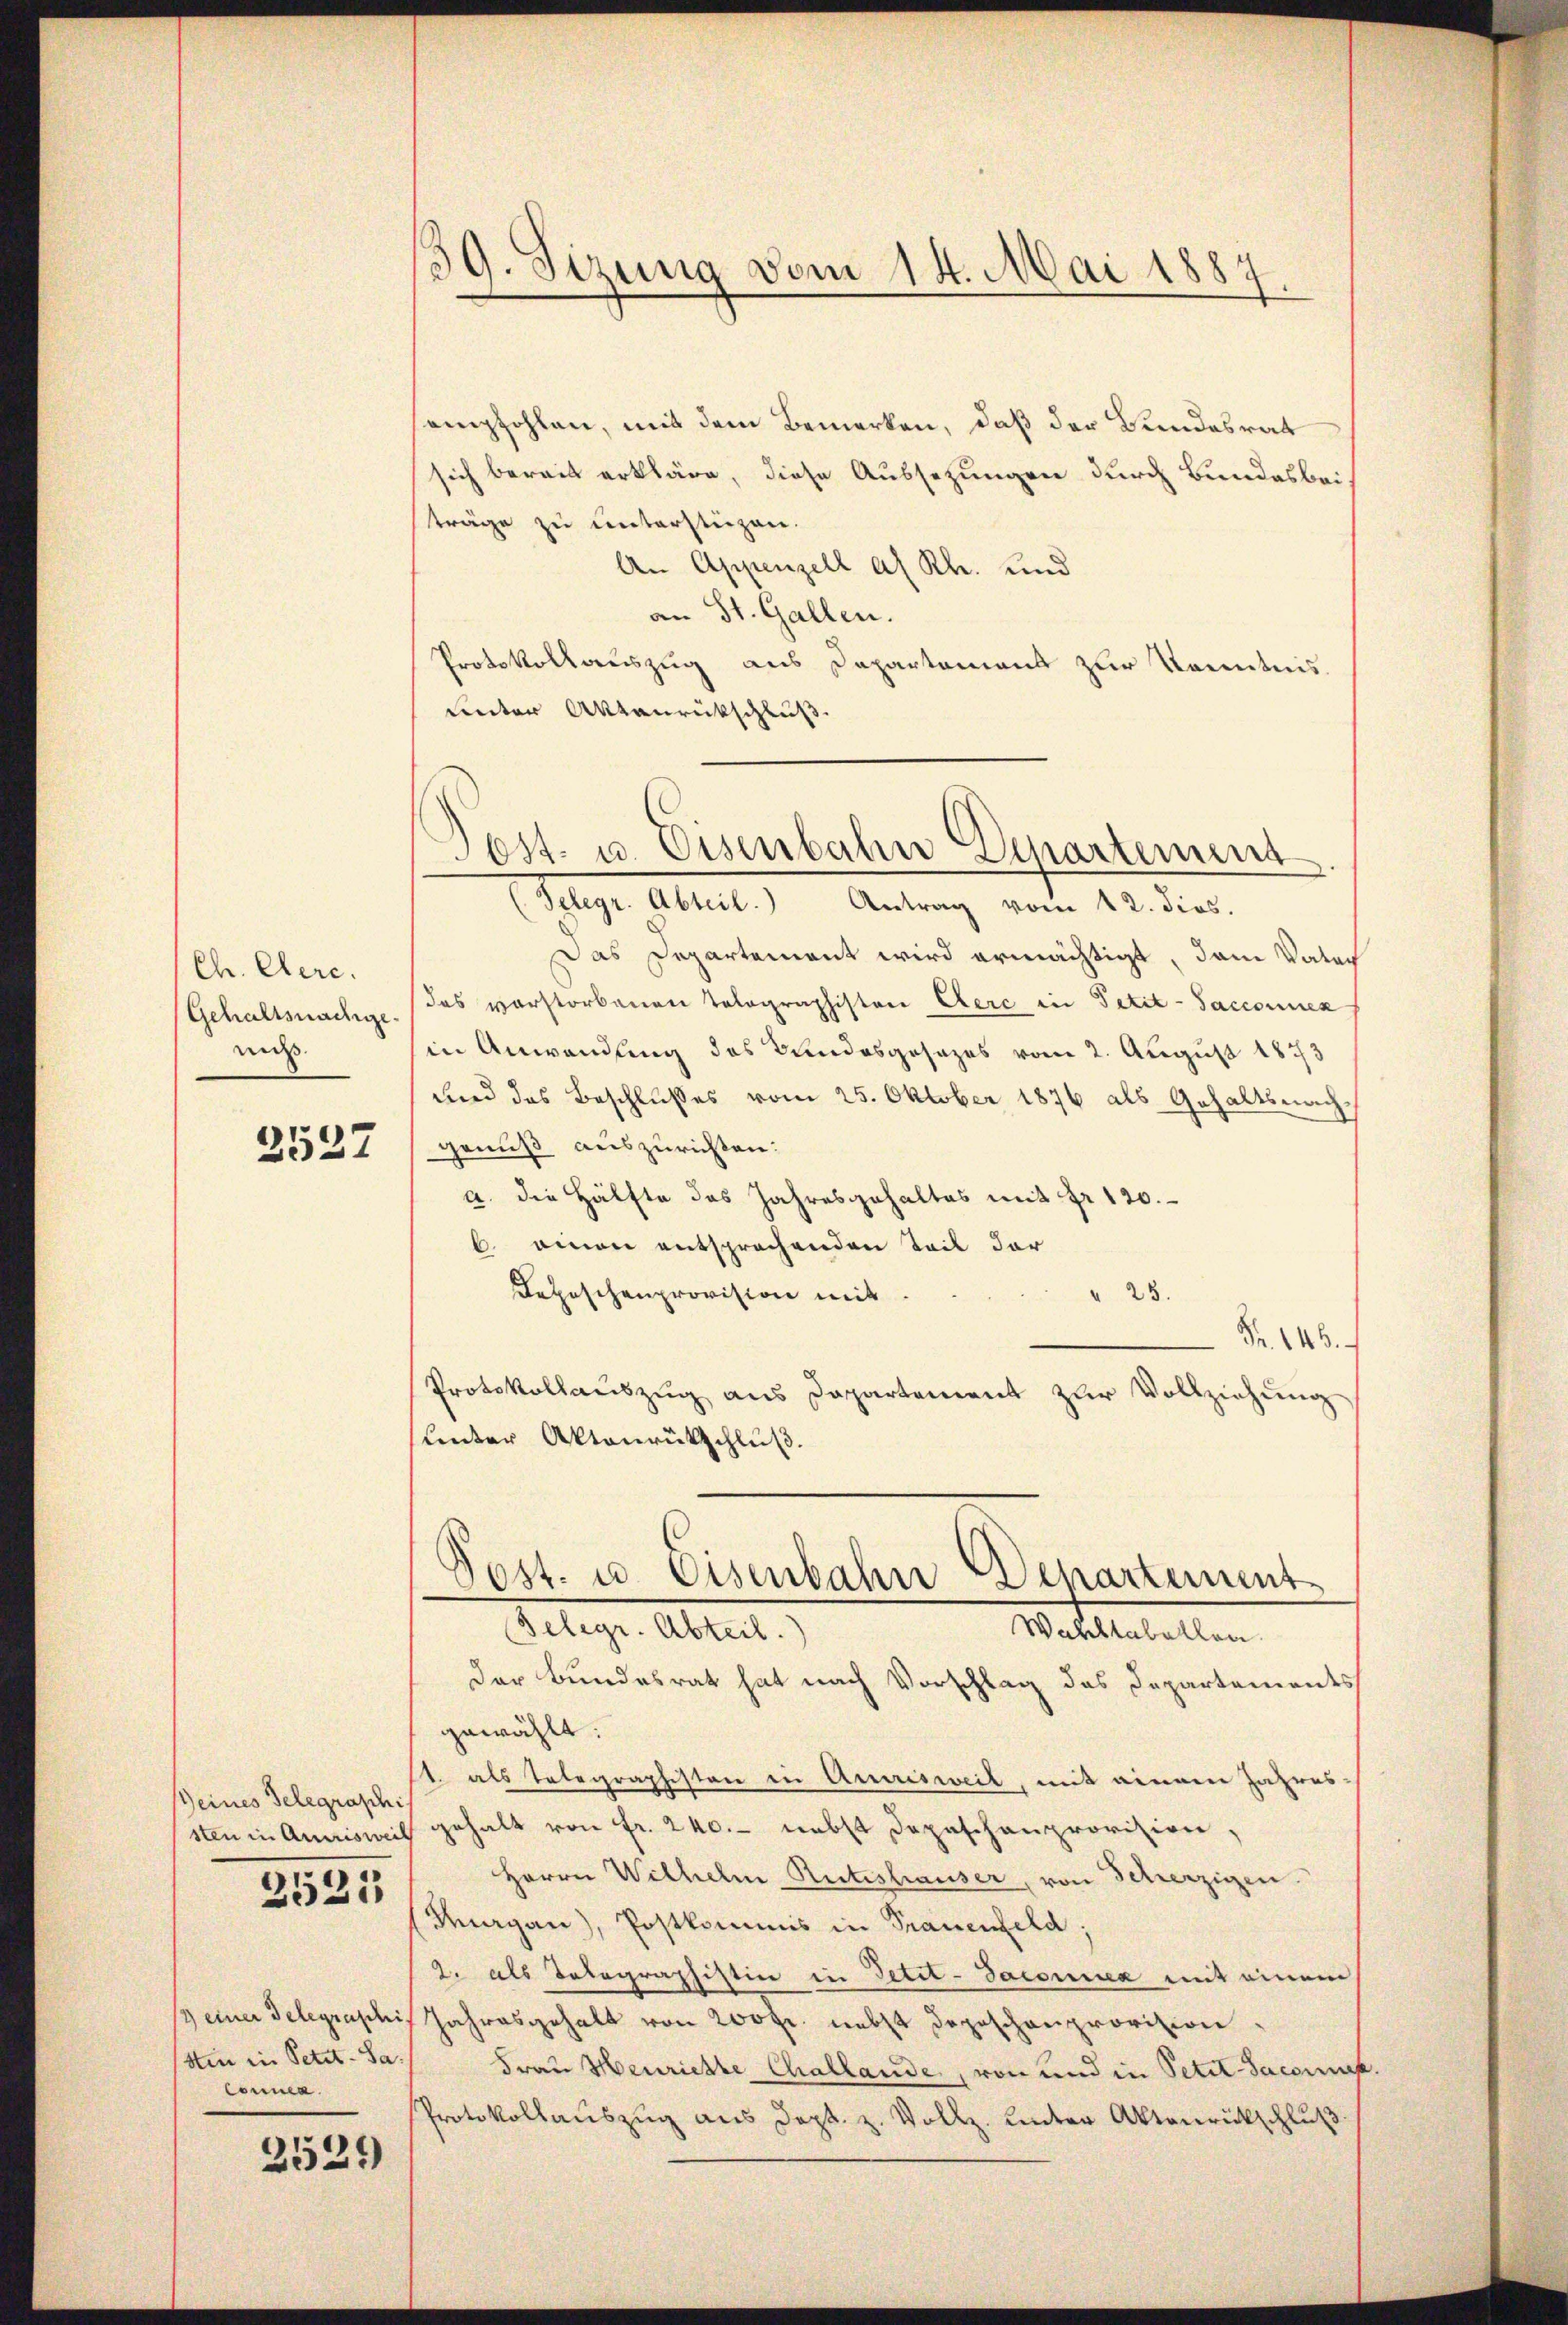
Ch. Cere.
Gehaltsnachge
miß

2527

seines Telegraphis
sten in Amrisweil

2535

2) einer Telegraschi
sten in Petit-Sa.
Conna

2529

39. Sizung vom 14. Mai 1887.

empfohlen, mit dem Bemerken, daß der Bundesrat
sich bereit erkläre, diese Aussezungen durch Bundesbeiträge zu unterstüzen.
An Appenzell a. Rh. und
an St. Gallen.
Protokollauszug aus Departement zur Kenntnis.
Lnter Aktenrückschluß

Post- u. Eisenbahn Departement

(Telegr. Abteil. Antrag vom 12. dios.
Das Departement wird ermächtigt, dem Vater
das verstorbenen Tolographiston Cerc in Petit-Saccounek
in Anwendung des Bundesgesezes vom 2. August 1873
und das Beschlusses vom 25. Oktober 1876 als Gehaltsnachgenuß auszurichten:
a. die Hälfte das Jahresgehaltes mit Fr. 120.
6 einen entsprochenden Teil der
Depeschenprovision mit
" 25.
Fr. 143.
Protokollauszug aus Dapartement zŭr Vollziehung
unter Aktenrütschluß.
Post. u. Eisenbahn Departement
Telegr. Abteil.
Warstabellen.
der Bundesrat hat nach Vorschlag das Departements
gewählt:
1. als Telegraphisten in Amrisweil, mit einem Jahres-
gehalt von Fr. 240. nebst Depeschenprovision,
Herrn Wilhelm Rütishauser, von Scherzigen.
Thurgau), Postkommis in Trauenfeld.
2. als Telegraphistin in Petit-Saconia mit einem
Jahresgehalt von 200fr. nebst Depeschenprovision.
Frau Henrichte Challande, von und in Petit-Saconus.
Protokollauszug aus Dept. z. Vollz. unter Aktenrückschluß